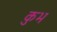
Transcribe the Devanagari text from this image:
कुभ